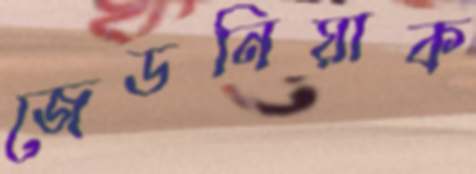
জেডনিয়াক